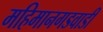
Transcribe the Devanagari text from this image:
महिमानगडवाडी